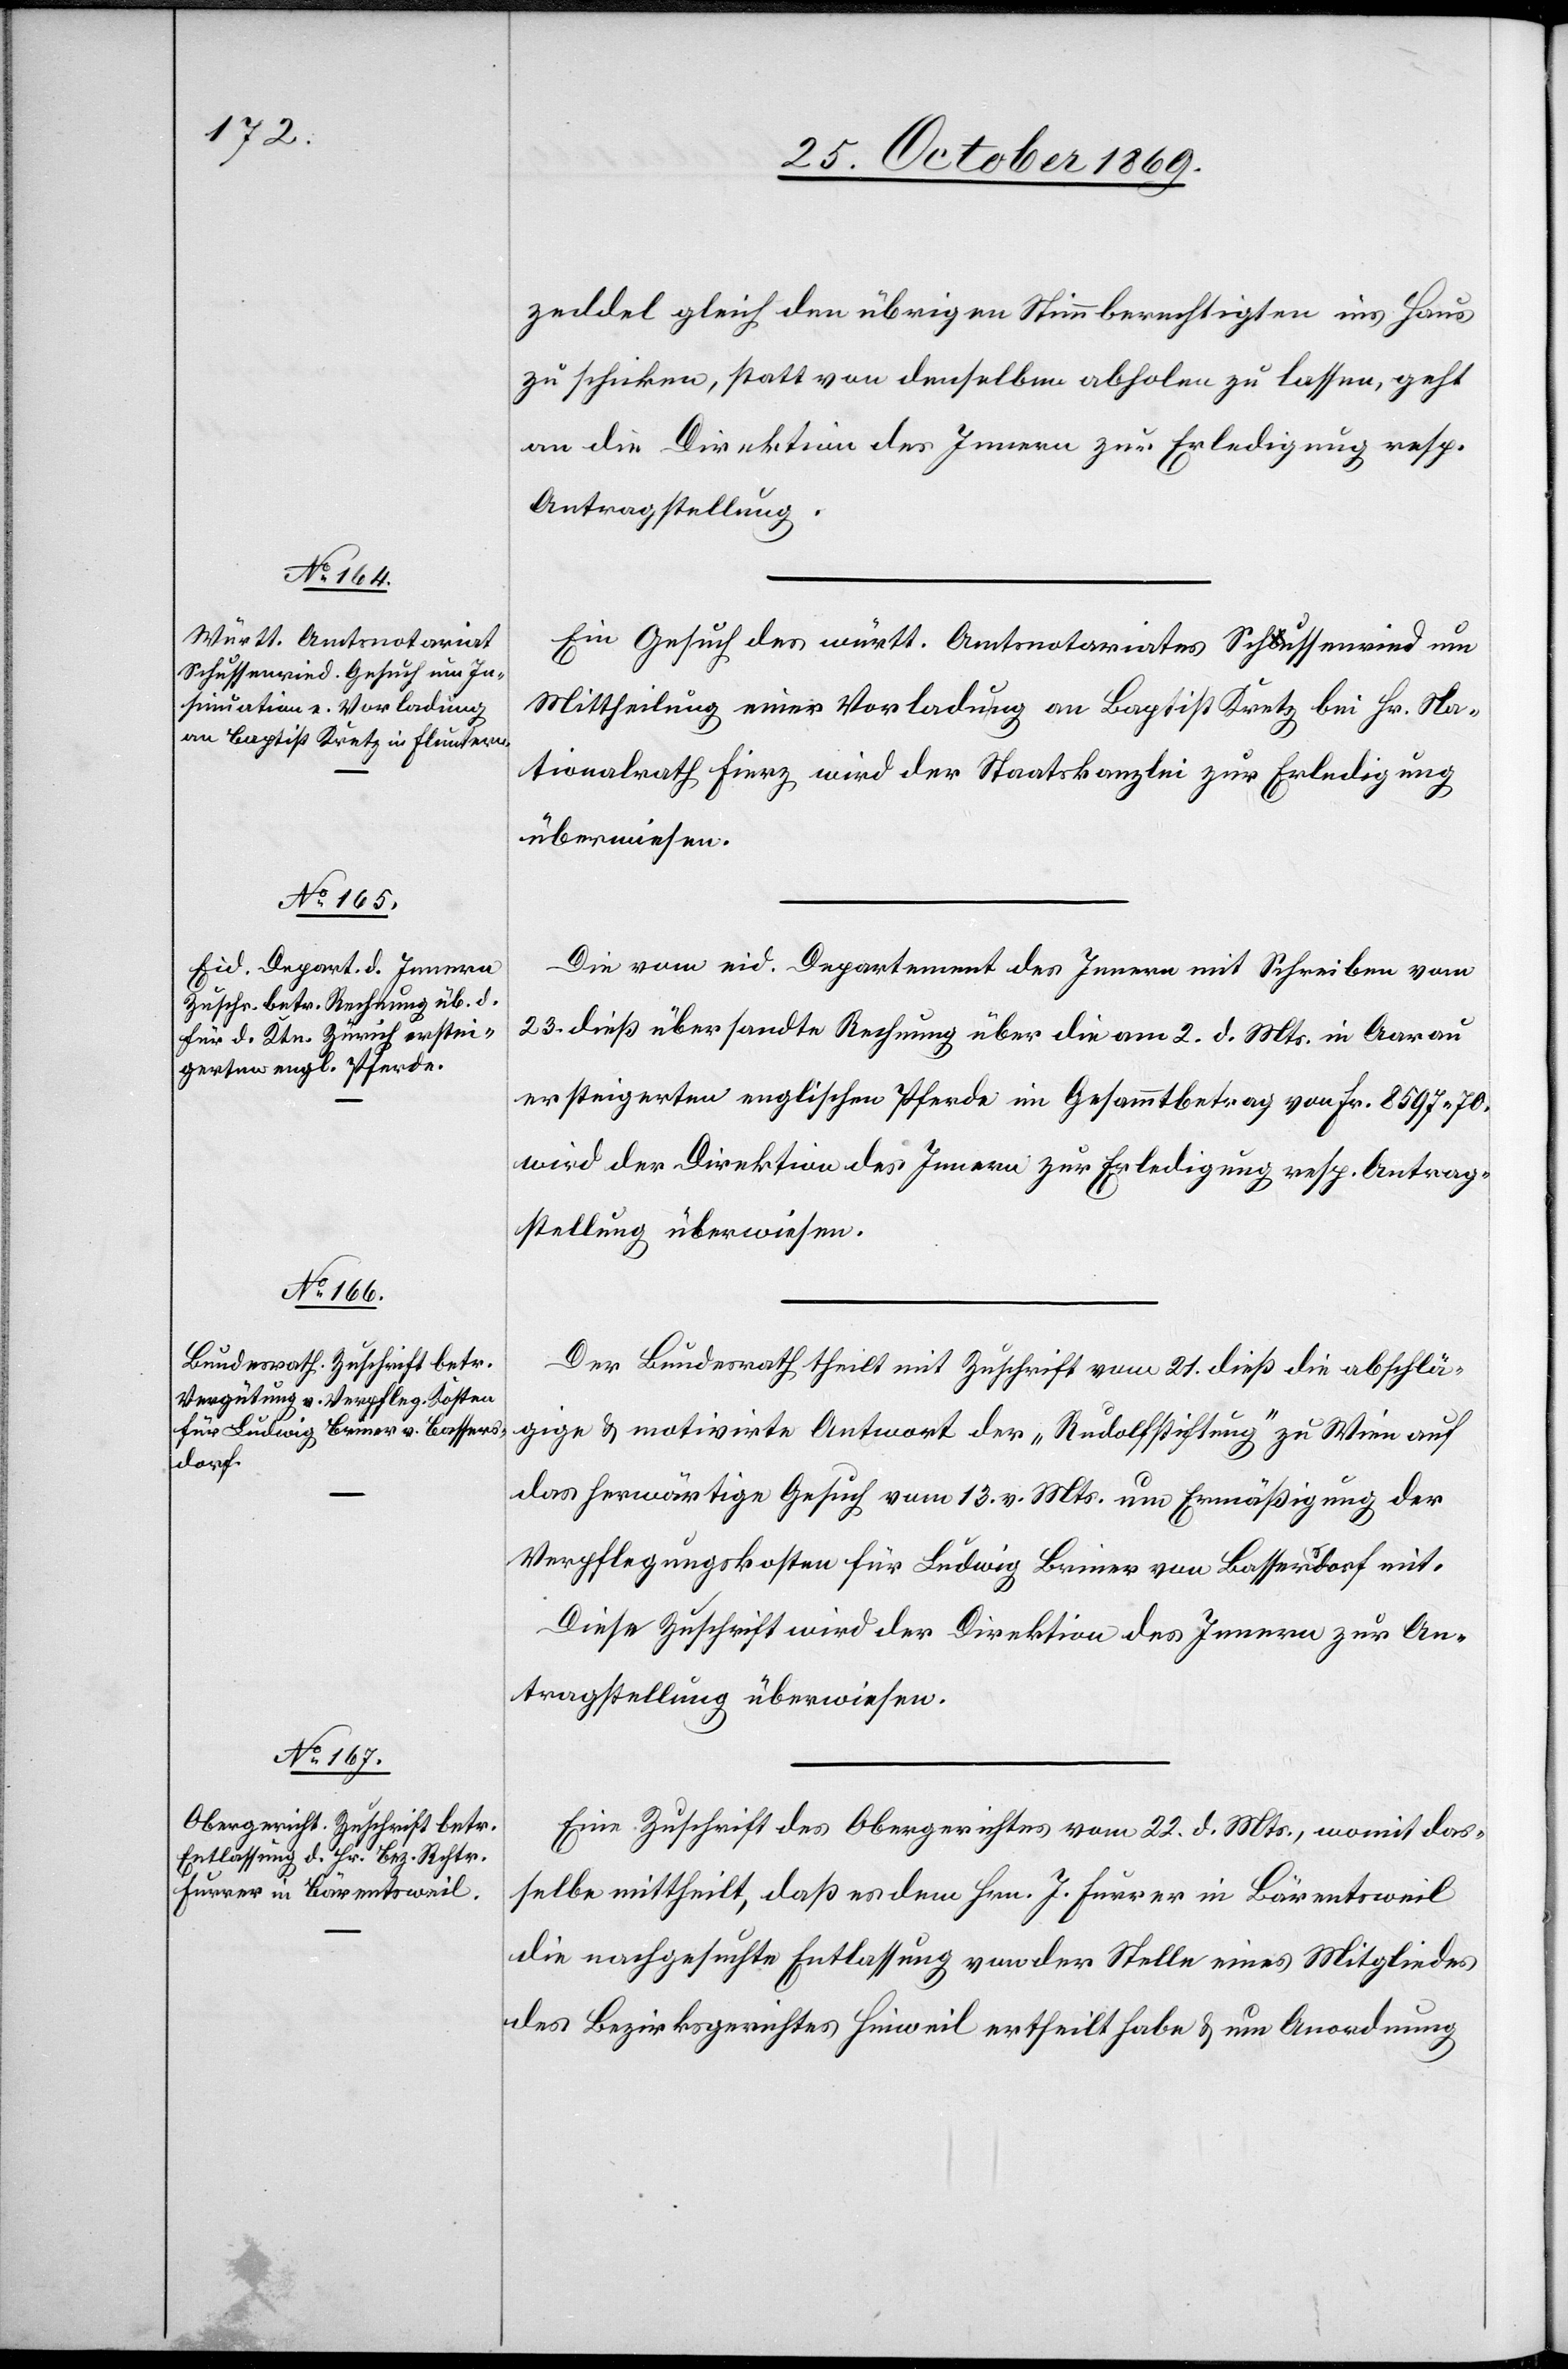
25. October 1869.]
zeddel gleich den übrigen Stimmberechtigten ins Haus
zu schicken, statt von denselben abholen zu lassen, geht
an die Direktion des Innern zur Erledigung resp.
Antragstellung.
Ein Gesuch des württ. Amtsnotariates Schussenried um
Mittheilung einer Vorladung an Baptist Kretz bei Hr. Na¬
tionalrath Fierz wird der Staatskanzlei zur Erledigung
überwiesen.
Die vom eid. Departement des Innern mit Schreiben vom
23. dieß übersandte Rechnung über die am 2. d. Mts. in Aarau
ersteigerten englischen Pferde im Gesammtbetrag von Fr. 8597.70.
wird der Direktion des Innern zur Erledigung resp. Antrag¬
stellung überwiesen.
Der Bundesrath theilt mit Zuschrift vom 21. dieß die abschlä¬
gige & motivirte Antwort der „Rudolfstiftung“ zu Wien auf
das herwärtige Gesuch vom 13. v. Mts. um Ermäßigung der
Verpflegungskosten für Ludwig Briner von Bassersdorf mit.
Diese Zuschrift wird der Direktion des Innern zur An¬
tragstellung überwiesen.
Eine Zuschrift des Obergerichtes vom 22. d. Mts., womit das¬
selbe mittheilt, daß es dem Hrn. J. Furrer in Bärentsweil
die nachgesuchte Entlassung von der Stelle eines Mitgliedes
des Bezirksgerichtes Hinweil ertheilt habe & um Anordnung